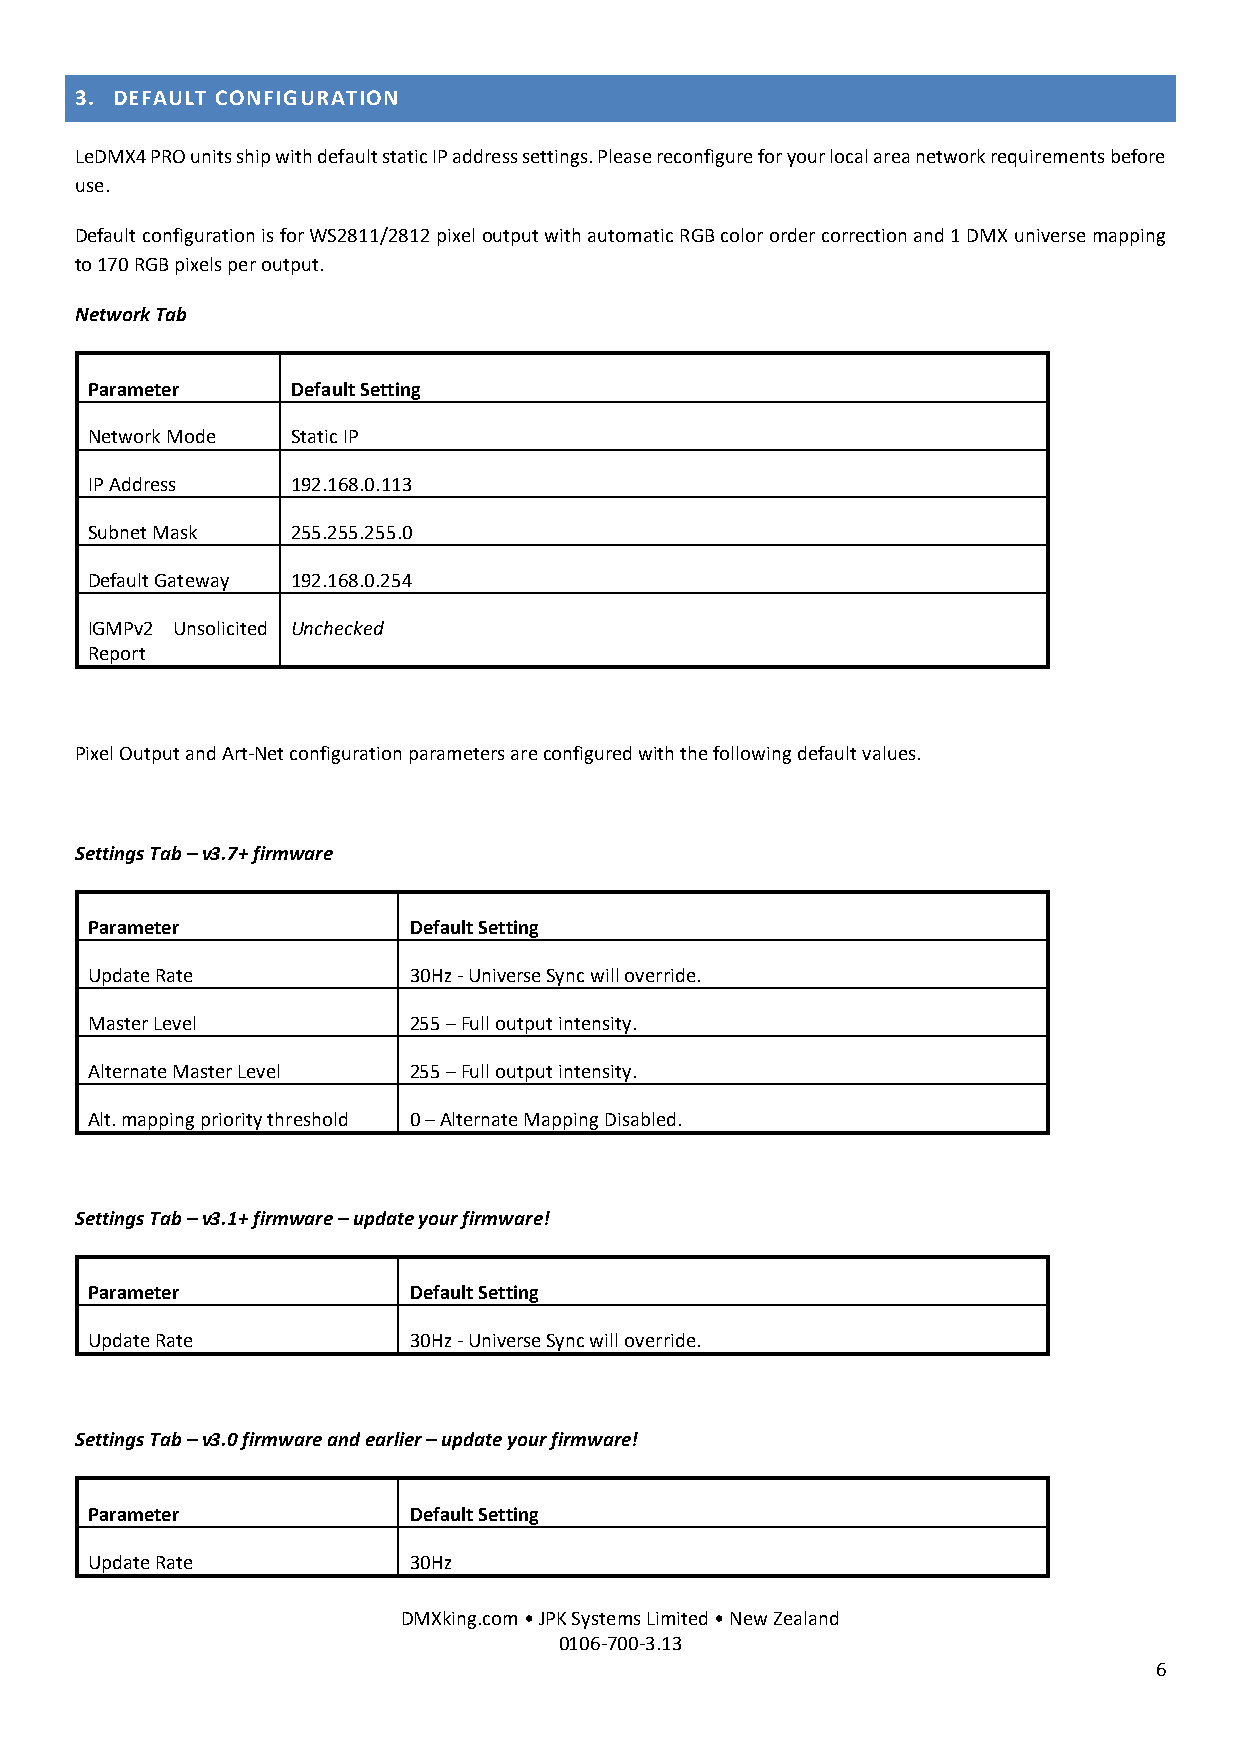
3. DEFAULT CONFIGURATION
 LeDMX4 PRO units ship with default static IP address settings. Please reconfigure for your local area network requirements before
 use.
 Default configuration is for WS2811/2812 pixel output with automatic RGB color order correction and 1 DMX universe mapping
 to 170 RGB pixels per output.
 Network Tab
 Parameter    Default Setting
 Network Mode Static IP
 IP Address   192.168.0.113
 Subnet Mask  255.255.255.0
 Default Gateway 192.168.0.254
 IGMPv2 Unsolicited Unchecked
 Report
 Pixel Output and Art-Net configuration parameters are configured with the following default values.
 Settings Tab – v3.7+ firmware
 Parameter            Default Setting
 Update Rate          30Hz - Universe Sync will override.
 Master Level         255 – Full output intensity.
 Alternate Master Level 255 – Full output intensity.
 Alt. mapping priority threshold 0 – Alternate Mapping Disabled.
 Settings Tab – v3.1+ firmware – update your firmware!
 Parameter            Default Setting
 Update Rate          30Hz - Universe Sync will override.
 Settings Tab – v3.0 firmware and earlier – update your firmware!
 Parameter            Default Setting
 Update Rate          30Hz
 DMXking.com • JPK Systems Limited • New Zealand
 0106-700-3.13
 6